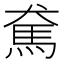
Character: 𩡷